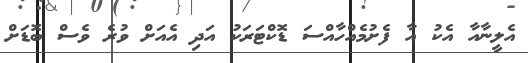
އެލީނާއާ އެކު އާ ފެށުމެއްހާއްސަ ޑޮކްޓަރަކު އަދި އެއަށް ވުރެ ވެސް ބޮޑަށް